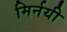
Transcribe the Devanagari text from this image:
मिर्नयी